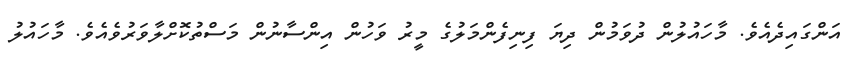
އަންގައިދެއެވެ. މާހައުލުން ދުވަމުން ދިޔަ ފިނިފެންމަލުގެ މީރު ވަހުން އިންސާނުން މަސްތުކޮށްލާވަރުވެއެވެ. މާހައުލު